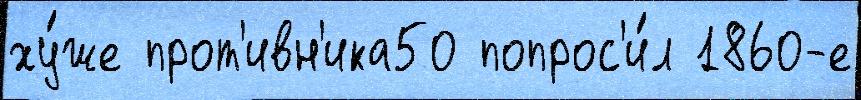
ху́же прот'ивн'ика50 попрос'и́л 1860-е